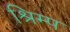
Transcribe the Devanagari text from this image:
श्रिम्‍प